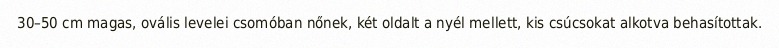
30–50 cm magas, ovális levelei csomóban nőnek, két oldalt a nyél mellett, kis csúcsokat alkotva behasítottak.